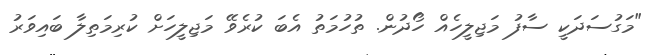
"މަގުސަދަކީ ސާފު މަޖިލީހެއް ހޯދުން. ތުހުމަތު އެބަ ކުރެވޭ މަޖިލީހަށް ކުރިމަތިލާ ބައިވަރު